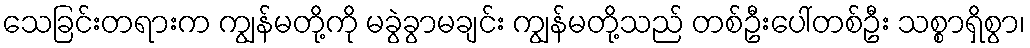
သေခြင်းတရားက ကျွန်မတို့ကို မခွဲခွာမချင်း ကျွန်မတို့သည် တစ်ဦးပေါ်တစ်ဦး သစ္စာရှိစွာ၊